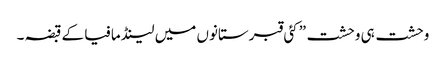
وحشت ہی وحشت” کئی قبرستانوں میں لینڈ مافیا کے قبضہ ۔